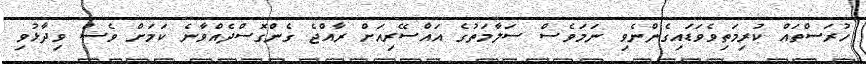
ހުރަސްތައް ކުރިމަތިވެވަޑައިގެންނެވި ނަމަވެސް ސަލާމަތުގެ އައްސޭރިއަށް ރާއްޖެ ގެންގޮސްދެއްވާނެ ކަމަށް ވެސް ވިދާޅުވި